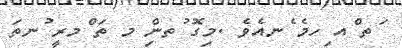
ަތ ްއ ިހމެ ެނއެވެ .މިގޮ ުތންި މ ތަ ްމރީ ުނތަ